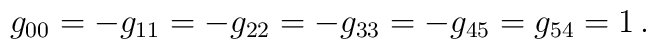
g_{00} = -g_{11} = -g_{22} = -g_{33} =-g_{45} = g_{54} =1 \,.